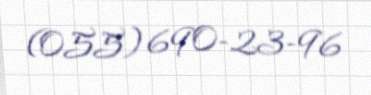
(055) 690-23-96